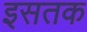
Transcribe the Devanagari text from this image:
इसतक